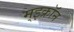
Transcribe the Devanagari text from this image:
म्इक्रॉन